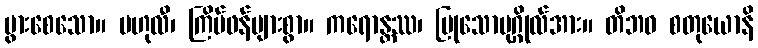
ပွားစေသော။ ဗဟုလီ၊ ကြိမ်ဖန်များစွာ။ ကရောန္တဿ၊ ပြုသောပုဂ္ဂိုလ်အား။ တိဘဝ စတုယောနိ